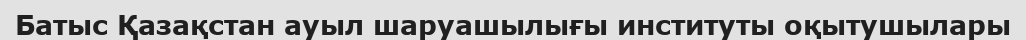
Батыс Қазақстан ауыл шаруашылығы институты оқытушылары